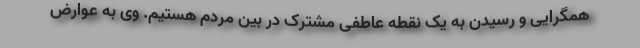
همگرایی و رسیدن به یک نقطه عاطفی مشترک در بین مردم هستیم. وی به عوارض